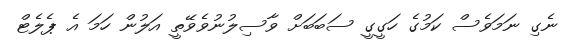
ނެގި ނަމަވެސް ކަމުގެ ހަގީގީ ސަބަބަށް ވާސިލުނުވެވޭތީ އަލުން ހަމަ އެ ޕެލެޓް